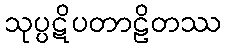
သုပ္ပဋိပတာဠိတဿ